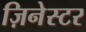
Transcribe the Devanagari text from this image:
ज़िनेस्टर